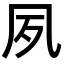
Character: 夙